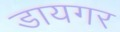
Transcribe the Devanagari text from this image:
डायगर